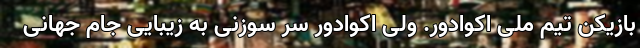
بازیکن تیم ملی اکوادور. ولی اکوادور سر سوزنی به زیبایی جام جهانی